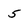
Character: 5